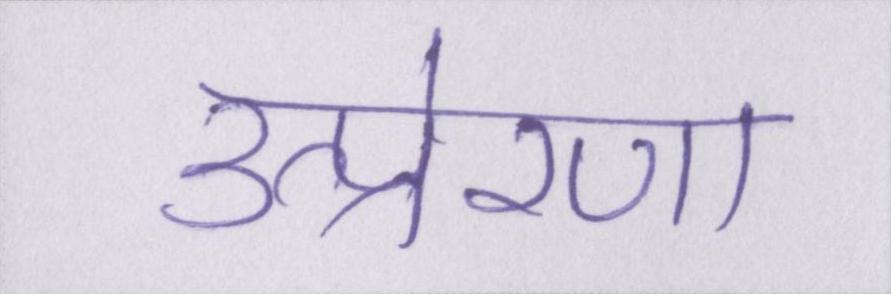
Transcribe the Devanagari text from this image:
उत्प्रेरणा